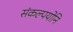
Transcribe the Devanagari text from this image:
संकल्पयोनि